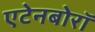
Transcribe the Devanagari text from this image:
एटेनबोरॉ